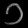
Digit: ၁